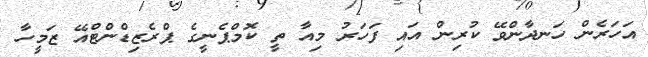
އަހަރެން ހަނދާންވޭ ކުރިން އައި ފަހަރު މިއާ ތީ ކޮމްޕެނީގެ ޕްރެޒިޑްންޓްއޭ ޒަމީހާ